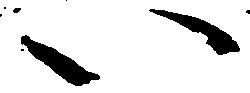
い